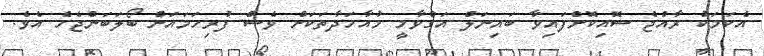
އެކަމަކު ރާއްޖެ ސޮއިކޮށްފައިވާ ބައިނަލް އަގްވާމީ މުއާހަދާތަކަށް ވެސް ފުރިހަމައަށް ބޯލަބަންޖެހެ އެވެ.